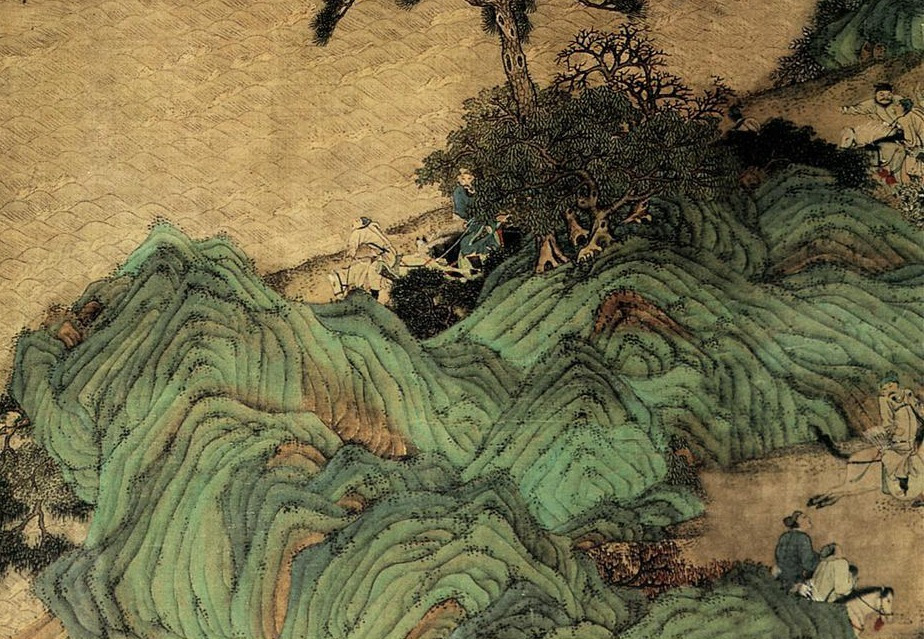
问元戎早晚，鸣鞭径去，解天山箭。